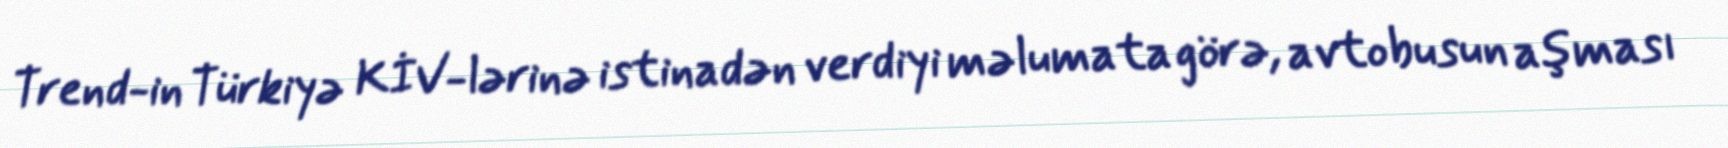
Trend-in Türkiyə KİV-lərinə istinadən verdiyi məlumata görə, avtobusun aşması